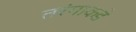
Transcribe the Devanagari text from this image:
तरंगाकडे